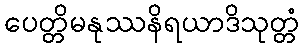
ပေတ္တိမနုဿနိရယာဒိသုတ္တံ